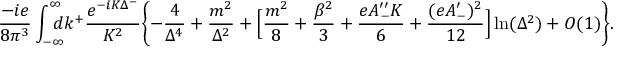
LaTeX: \frac { - i e } { 8 \pi ^ { 3 } } \int _ { - \infty } ^ { \infty } \! \! \! \! \! d k ^ { + } { \frac { e ^ { - i K \Delta ^ { - } } } { K ^ { 2 } } } \Biggl \{ - { \frac { 4 } { \Delta ^ { 4 } } } + { \frac { m ^ { 2 } } { \Delta ^ { 2 } } } + \Bigl [ { \frac { m ^ { 2 } } { 8 } } + { \frac { \beta ^ { 2 } } { 3 } } + { \frac { e A _ { - } ^ { \prime \prime } K } { 6 } } + { \frac { ( e A _ { - } ^ { \prime } ) ^ { 2 } } { 1 2 } } \Bigr ] \ln ( \Delta ^ { 2 } ) + O ( 1 ) \Biggr \} .